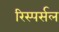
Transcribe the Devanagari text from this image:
रिस्पर्सल